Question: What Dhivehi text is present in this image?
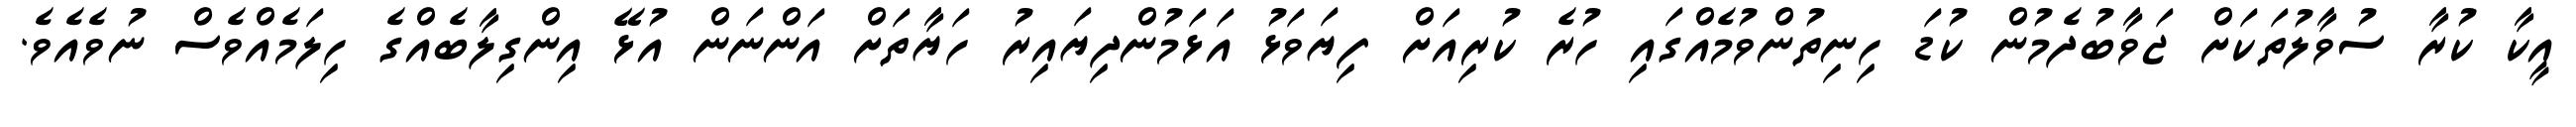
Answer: އީކާ ކުރާ ސުވާލުތަކަށް ޖަވާބުދެމުން ކުޑަ ހިނިތުންވުމެއްގައި ހުރެ ކުރިއަށް ފިޔަވަޅު އަޅަމުންދިޔައިރު ހަޔާތަށް އަންނަން އުޅޭ އިންގިލާބެއްގެ ހިލަމެއްވެސް ނުވެއެވެ.